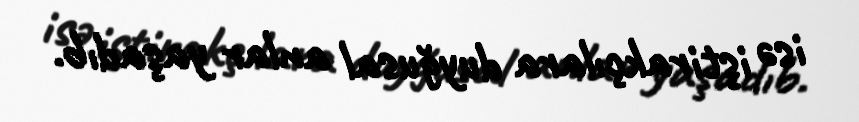
isə iştirakçılara duyğusal anlar yaşadıb.